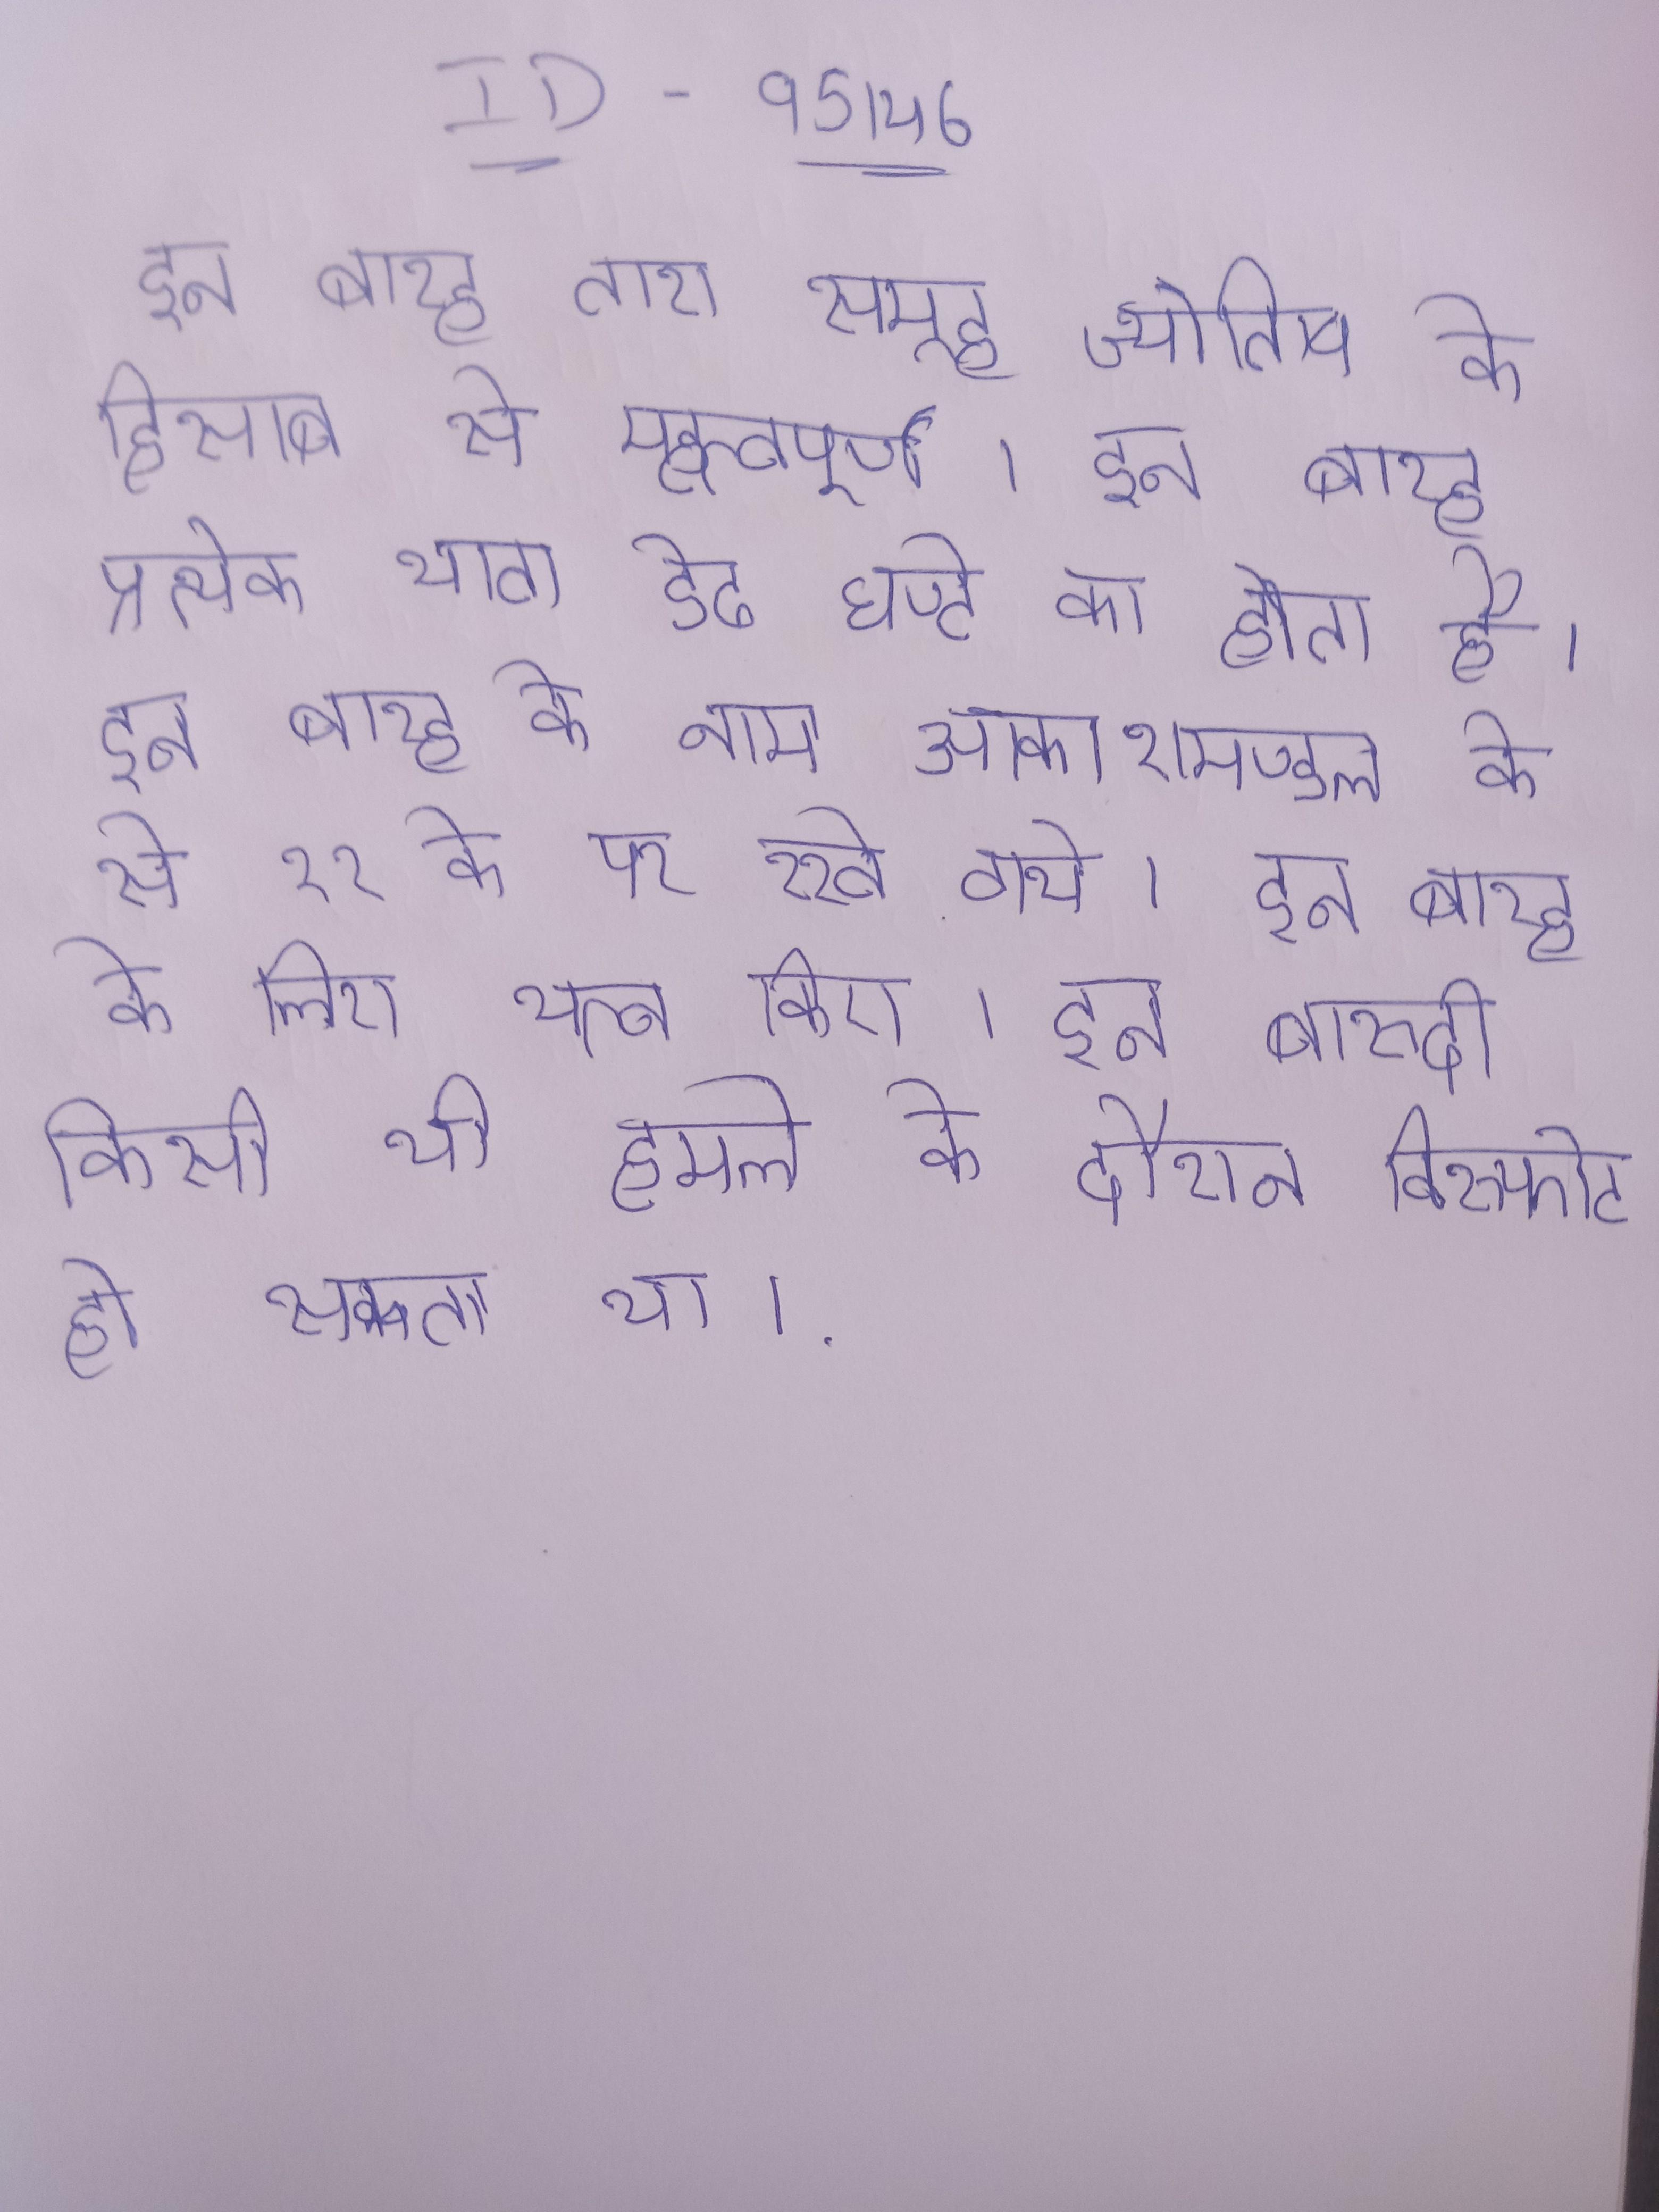
इन बारह तारा समूह ज्योतिष के हिसाब से महत्वपूर्ण । इन बारह प्रत्येक भाग डेढ घण्टे का होता है । इन बारह के नाम आकाशमण्डल के से १२ के पर रखे गये । इन बारह के लिए यत्न किए । इन बारूदी किसी भी हमले के दौरान विस्फोट हो सकता था ।